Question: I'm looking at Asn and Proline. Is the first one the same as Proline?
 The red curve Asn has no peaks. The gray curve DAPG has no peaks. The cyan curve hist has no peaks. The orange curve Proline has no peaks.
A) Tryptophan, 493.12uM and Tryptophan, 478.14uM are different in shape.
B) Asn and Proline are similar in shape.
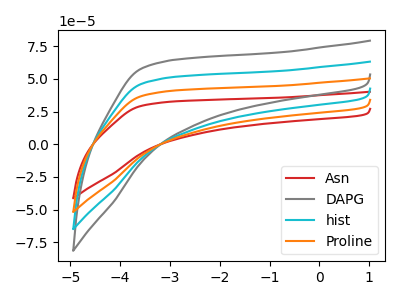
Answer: <think>Neither "Asn" or "Proline" have any peaks.
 </think>
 <answer>B) "Asn" and "Proline" are similar in shape.</answer>
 <eval>B</eval>